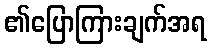
၏ပြောကြားချက်အရ